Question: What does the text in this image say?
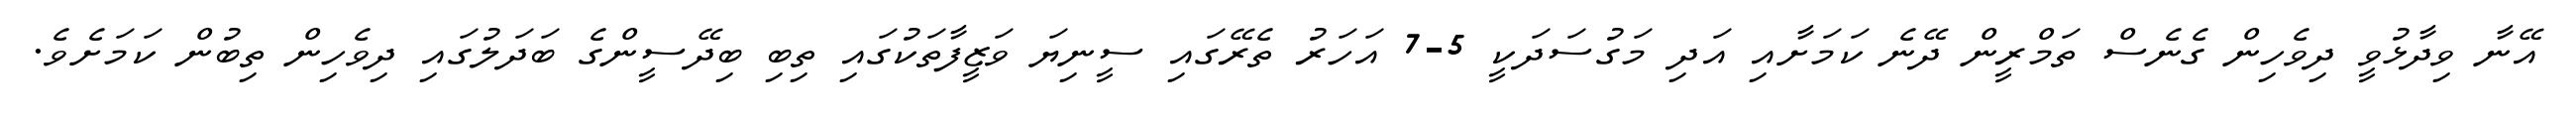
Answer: އޭނާ ވިދާޅުވީ ދިވެހިން ގެނެސް ތަމްރީން ދޭނެ ކަމަށާއި އަދި މަގުސަދަކީ 5-7 އަހަރު ތެރޭގައި ސީނިޔަ ވަޒީފާތަކުގައި ތިބި ބިދޭސީންގެ ބަދަލުގައި ދިވެހިން ތިބުން ކަމަށެވެ.